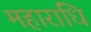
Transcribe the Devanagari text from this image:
महाराधि